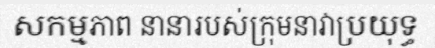
សកម្មភាព នានារបស់ក្រុមនាវាប្រយុទ្ធ